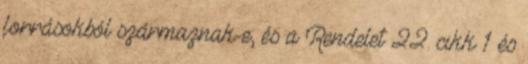
forrásokból származnak-e; és a Rendelet 22. cikk 1 és